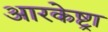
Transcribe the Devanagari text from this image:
आरकेष्ट्रा